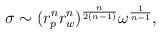
LaTeX: \begin{align*}\sigma \sim (r_p^n r_w^n)^{n\over 2(n-1)} \omega^{1\over n-1},\end{align*}